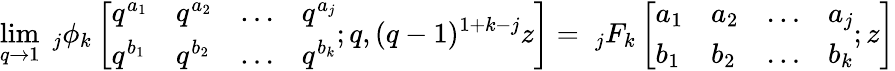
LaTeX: \operatorname*{lim}_{q\to 1}\; _{j}\phi_{k}\left[{\begin{array}{llll}{q^{a_{1}}}&{q^{a_{2}}}&{\ldots}&{q^{a_{j}}}\\ {q^{b_{1}}}&{q^{b_{2}}}&{\ldots}&{q^{b_{k}}}\end{array}};q,(q-1)^{1+k-j}z\right]=\; _{j}F_{k}\left[{\begin{array}{llll}{a_{1}}&{a_{2}}&{\ldots}&{a_{j}}\\ {b_{1}}&{b_{2}}&{\ldots}&{b_{k}}\end{array}};z\right]